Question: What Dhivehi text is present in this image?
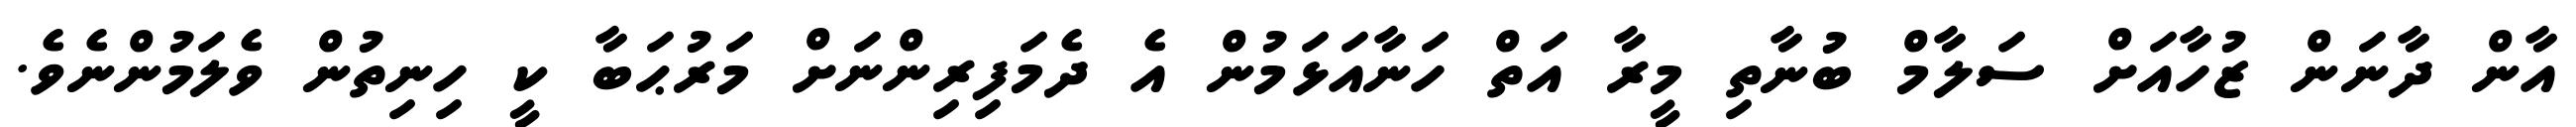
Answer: އާން ދާނަން ޒުހާއަށް ސަލާމް ބުނާތި މީރާ އަތް ހަނާއަޅަމުން އެ ދެމަފިރިންނަށް މަރުޙަބާ ކީ ހިނިތުން ވެލަމުންނެވެ.